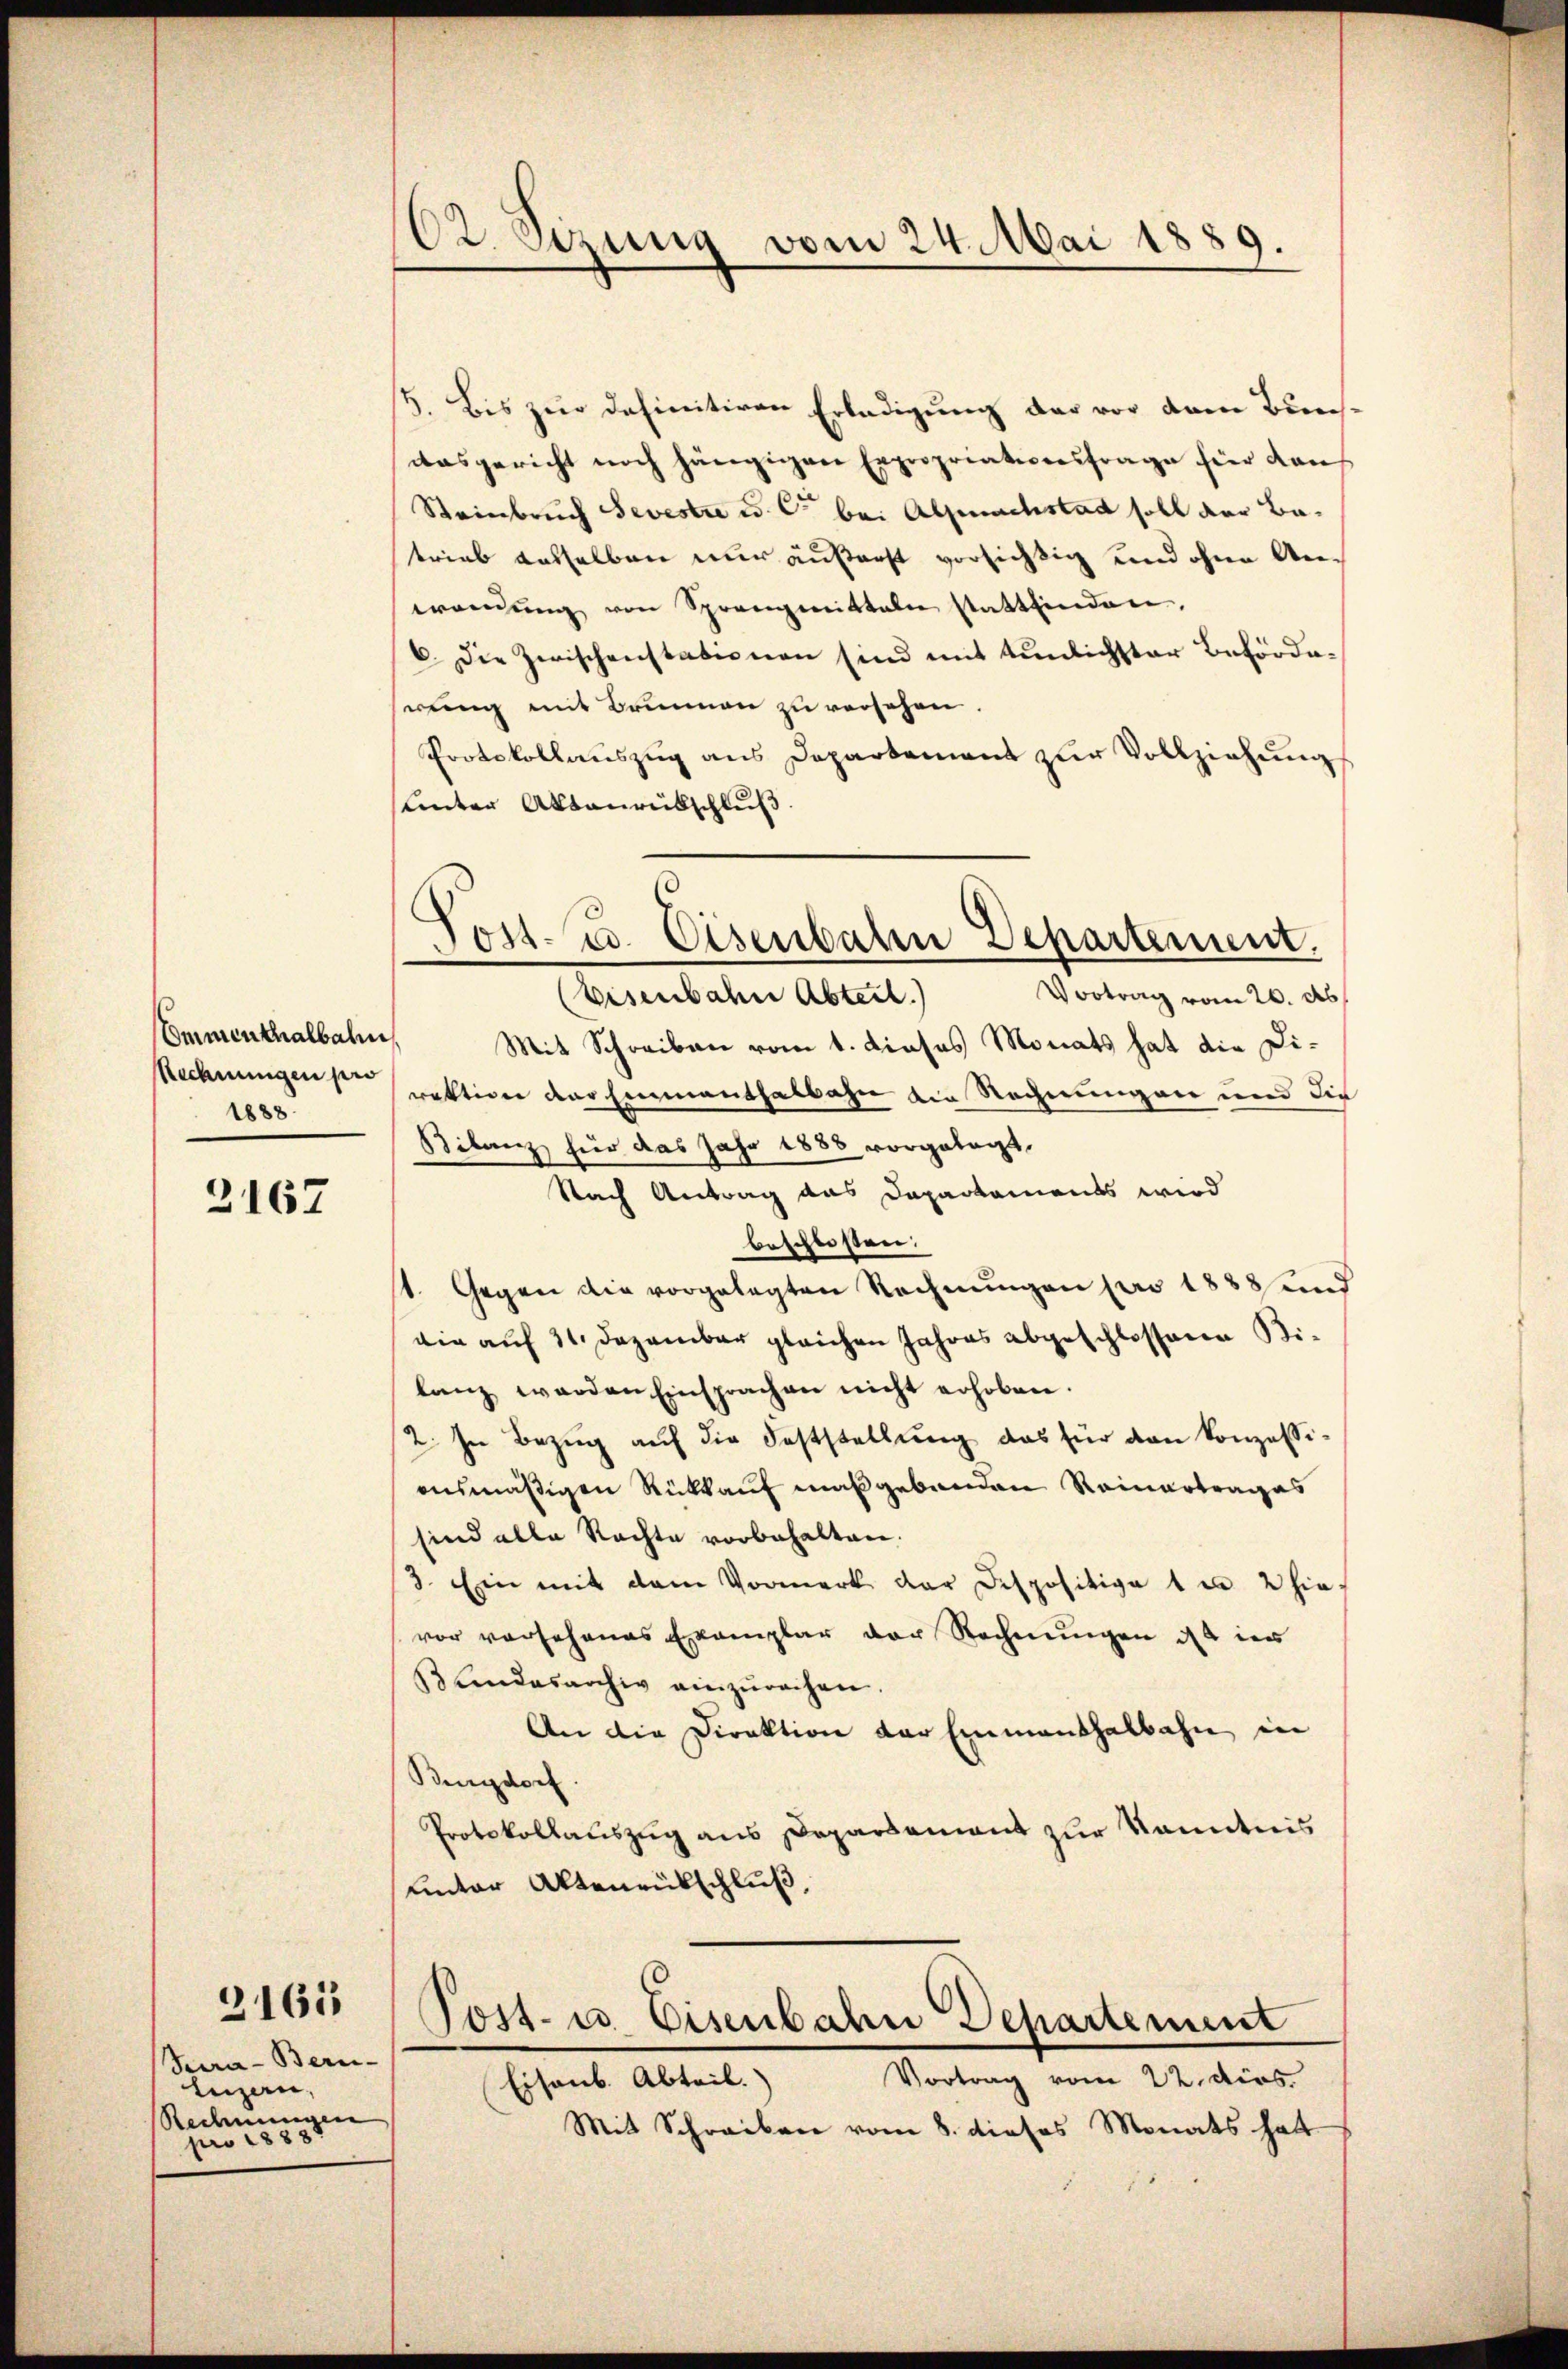
Emmenthalbahn
Rechnungen je
1888.

2167

Sera - Bern-
Luzern,
Rechnungen
pro 188

3165

O.Stzung vom 24. Mai 1889.

Post- u. Eisenbahr Departement.

5. Bis zur definitiven Erledigung der vor dem Bundasgericht noch hängigen Expropriativensfrage für Kauf
Steinbruch Sevestre u. C. bei Alpnachstadt soll der Betrieb dasselben nur äußerst vorsichtig und ohne Anerwendŭng von Sprenmitteln stattfinden.
6. Die Zwischenstationen sind mit tunlichster Befördeweng mit Brunnen zu versehen.
Protokollauszug aus Departement zur Vollziehungs
Unter Aktaurübschluß
Vortrag vom 20. Ab
(Eisenbahn Abteil.
Mit Schreiben vom 1. dieses Monats hat die Diraktion der Einmanthalbahn die Rechnungen und die
Bilanz für das Jahr 1888 vorgelegt.
Nach Antrag das Dapartaments wird
beschlossen:
st. Gegen die vorgelegten Rechnŭngen pro 1888 und
die auf 31. Dezember gleichen Jahres abgeschlossene Bilanz werden Einsprachen nicht erhoben.
2. In Bezug auf die Feststellung das für den Konzessiausmäßigen Rückkauf maßgebenden Reinertrages
sind alle Rechte vorbehalten.
3. Ein mit dem Vormerk der Dispositige 1 u 2 hie-
vor vorsehenes Exemplar der Rechnŭngen da in
33 Lindesarchiv einzŭrechen.
An die Direktion der Einmanthalbahn in
Bingdorf.
Protokollauszug aus Daparsamant zur Kenntnis
unter Aktenrückschluß,
ost- u. Eisenbahn Departement
Vortrag vom 22. dies
Eisenb. Abteil.
Mit Schreiben vom 8. dieses Monats hatt